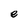
Character: e